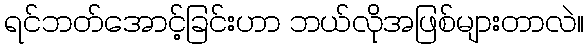
ရင်ဘတ်အောင့်ခြင်းဟာ ဘယ်လိုအဖြစ်များတာလဲ။